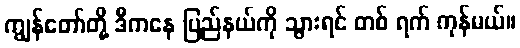
ကျွန်တော်တို့ ဒီကနေ ပြည်နယ်ကို သွားရင် တစ် ရက် ကုန်မယ်။